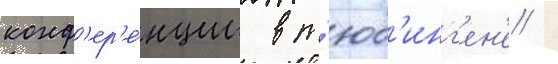
конф'ер'е́нции в т'юб'инг'ен'е /